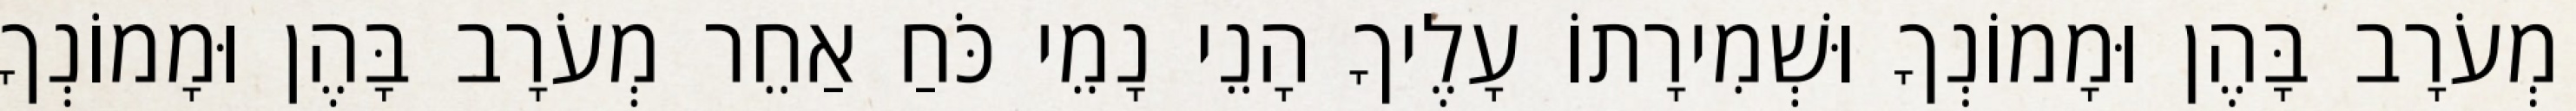
מְעֹרָב בָּהֶן וּמָמוֹנְךָ וּשְׁמִירָתוֹ עָלֶיךָ הָנֵי נָמֵי כֹּחַ אַחֵר מְעֹרָב בָּהֶן וּמָמוֹנְךָ